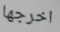
اخرجها